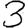
Digit: 3